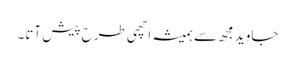
جاوید مجھ سے ہمیشہ اچھی طرح پیش آتا۔